Report of the Municipal Commissioner on the plague in Bombay for the year ending 31st May... - Volume 2
Disease focus: Plague
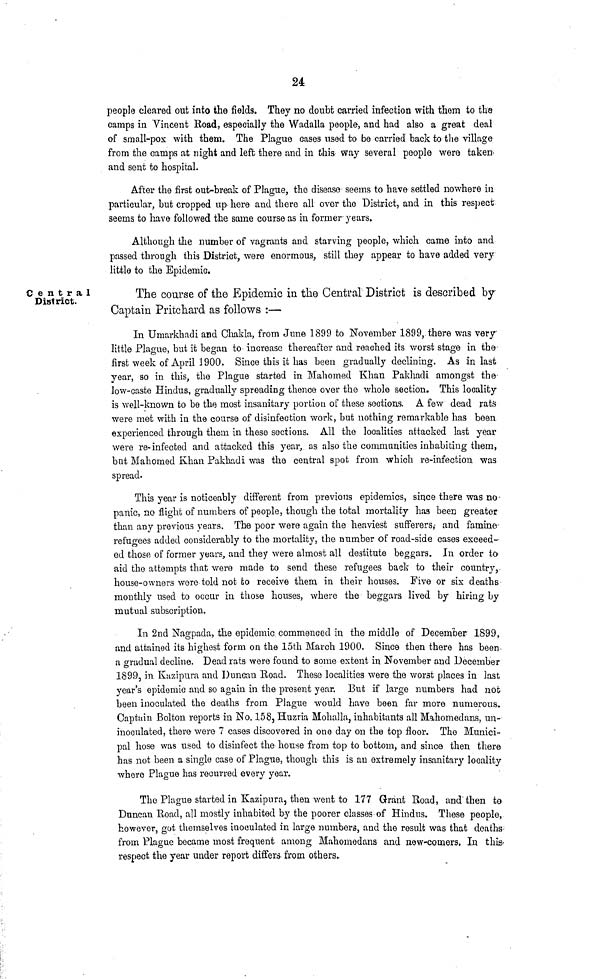
24
people cleared out into the fields. They no doubt carried infection with them to the
camps in Vincent Eoad, especially the Wadalla people, and had also a great deal
of small-pox with them. The Plague cases used to be carried back to the village
from the camps at night and left there and in this way several people were taken-
and sent to hospital.
After the first out-break of Plague, the disease seems to have settled nowhere in
particular, but cropped up here and there all over the District, and in this respect
seems to have followed the same course as in former years.
Although the number of vagrants and starving people, which came into and
passed through this District, were enormous, still they appear to have added very
little to the Epidemic.
Central
District.
The course of the Epidemic in the Central District is described by
Captain Pritchard as follows :—
In Umarkhadi and Chakla, from June 1899 to November 1899, there was very
little Plague, but it began to increase thereafter and reached its worst stage in the
first week of April 1900. Since this it has been gradually declining. As in last
year, so in this, the Plague started in Mahomed Khan Pakhadi amongst the
low-caste Hindus, gradually spreading thence over the whole section. This locality
is well-known to be the most insanitary portion of these sections. A few dead rats
were met with in the course of disinfection work, but nothing remarkable has been
experienced through them in these sections. All the localities attacked last year
were re-infected and attacked this year, as also the communities inhabiting them,
bat Mahomed Khan Pakhadi was the central spot from which re-infection was
spread.
This year is noticeably different from previous epidemics, since there was no
panic, no flight of numbers of people, though the total mortality has been greater
than any previous years. The poor were again the heaviest sufferers,- and famine
refugees added considerably to the mortality, the number of road-side cases exceed-
ed those of former years, and they were almost all destitute beggars. In order to
aid the attempts that were made to send these refugees back to their country,
house-owners wore told not to receive them in their houses. Five or six deaths
monthly used to occur in those houses, where the beggars lived by hiring by
mutual subscription.
In 2nd Nagpada, the epidemic commenced in the middle of December 1899,
and attained its highest form on the loth March 1900. Since then there has been
a gradual decline. Dead rats were found to some extent in November and December
1899, in Kuzipura and Duncan Road. These localities were the worst places in last
year's epidemic and so again in the present year. But if large numbers had not
been inoculated the deaths from Plague would have been far more numerous.
Captuin Bolton reports in No. 158, Huzria Mohalla, inhabitants all Mahomedans, un-
inoculated, there were 7 cases discovered in one day on the top floor. The Munici-
pal hose was used to disinfect the house from top to bottom, and since then there
has not been a single case of Plague, though this is an extremely insanitary locality
where Plague has recurred every year.
The Plague started in Kazipnra, then went to 177 Grant Road, and then to
Duncan Road, all mostly inhabited by the poorer classes of Hindus. These people,
however, got themselves inoculated in large numbers, and the result was that deaths
from Plague became most frequent among Mahomedans and new-comers, In this
respect the year under report differs, from others..